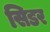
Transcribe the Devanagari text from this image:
सिडर